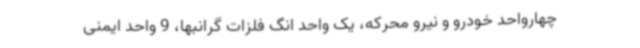
چهارواحد خودرو و نیرو محرکه، یک واحد انگ فلزات گرانبها، 9 واحد ایمنی